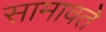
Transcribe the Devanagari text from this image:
सामावते